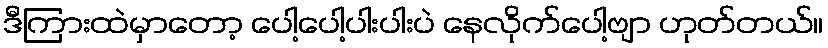
ဒီကြားထဲမှာတော့ ပေါ့ပေါ့ပါးပါးပဲ နေလိုက်ပေါ့ဗျာ ဟုတ်တယ်။